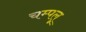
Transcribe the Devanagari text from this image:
चम्पलू